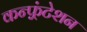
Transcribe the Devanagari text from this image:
कन्फ़्रंटेशन